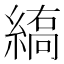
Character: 𦃣